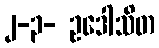
၂-၃- ဥဒေါသိတ